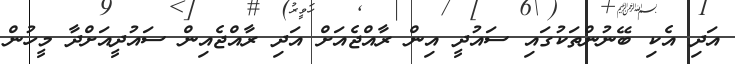
އަދި އެކި ބޭނުންތަކުގައި ސައުދީ އިން ރާއްޖެއަށް އަދި ރާއްޖެއިން ސައުދީއަށްދާ މީހުން